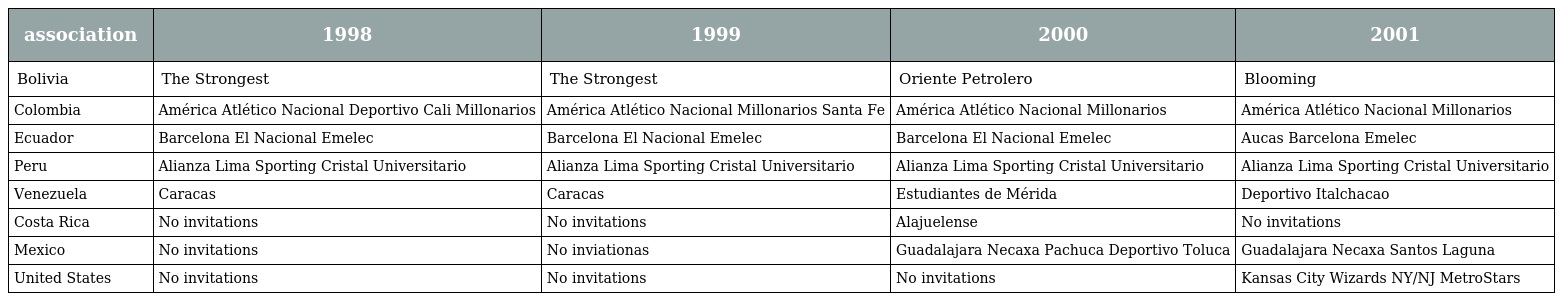
| association | 1998 | 1999 | 2000 | 2001 |
 | --- | --- | --- | --- | --- |
 | Bolivia | The Strongest | The Strongest | Oriente Petrolero | Blooming |
 | Colombia | América Atlético Nacional Deportivo Cali Millonarios | América Atlético Nacional Millonarios Santa Fe | América Atlético Nacional Millonarios | América Atlético Nacional Millonarios |
 | Ecuador | Barcelona El Nacional Emelec | Barcelona El Nacional Emelec | Barcelona El Nacional Emelec | Aucas Barcelona Emelec |
 | Peru | Alianza Lima Sporting Cristal Universitario | Alianza Lima Sporting Cristal Universitario | Alianza Lima Sporting Cristal Universitario | Alianza Lima Sporting Cristal Universitario |
 | Venezuela | Caracas | Caracas | Estudiantes de Mérida | Deportivo Italchacao |
 | Costa Rica | No invitations | No invitations | Alajuelense | No invitations |
 | Mexico | No invitations | No inviationas | Guadalajara Necaxa Pachuca Deportivo Toluca | Guadalajara Necaxa Santos Laguna |
 | United States | No invitations | No invitations | No invitations | Kansas City Wizards NY/NJ MetroStars |